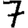
Digit: 7